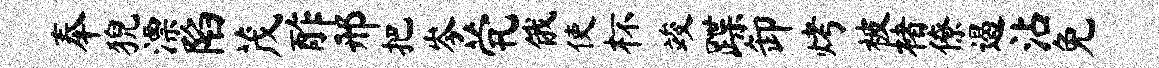
奉猊漂陷茂酢邢把岑茕俄使杯竣蹀卸烤被楮僚遏沾免